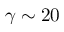
\gamma \sim 2 0